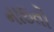
નાઇતો